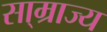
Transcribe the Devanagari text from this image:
सा्म्राज्य